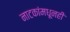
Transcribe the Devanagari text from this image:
नाटकांमधूनही